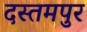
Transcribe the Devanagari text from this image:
दस्तमपुर